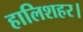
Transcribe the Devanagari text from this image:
हालिशहर।